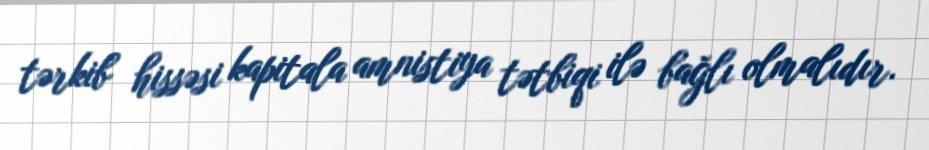
tərkib hissəsi kapitala amnistiya tətbiqi ilə bağlı olmalıdır.